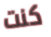
كنت